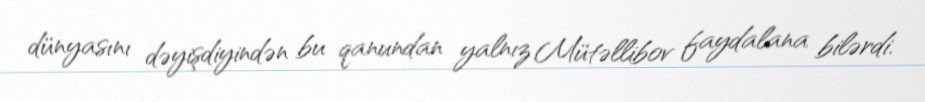
dünyasını dəyişdiyindən bu qanundan yalnız Mütəllibov faydalana bilərdi.